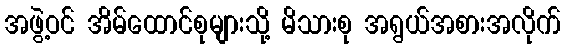
အဖွဲ့ဝင် အိမ်ထောင်စုများသို့ မိသားစု အရွယ်အစားအလိုက်